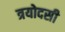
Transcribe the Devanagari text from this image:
त्रयोदसी